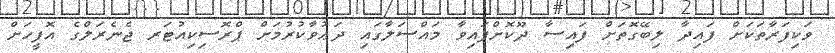
ވަކިފަރާތަކަށް ފައިދާ ލިބޭގޮތަށް ފައިސާ ދޫކޮށްފައިވާ މައްސަލާގައި ދަޢުވާކުރުމަށް ޕްރޮސިކިއުޓަރ ޖެނެރަލްގެ އޮފީހަށް